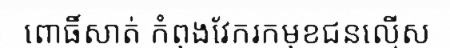
ពោធិ៍សាត់ កំពុងវែករកមុខជនល្មើស